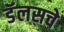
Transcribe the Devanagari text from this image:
डॅलसचे